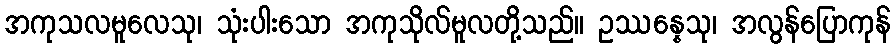
အကုသလမူလေသု၊ သုံးပါးသော အကုသိုလ်မူလတို့သည်။ ဥဿန္နေသု၊ အလွန်ပြောကုန်